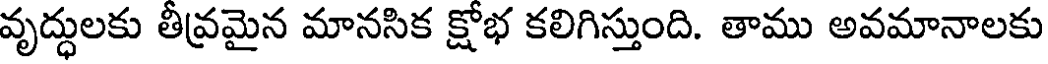
వృద్ధులకు తీవ్రమైన మానసిక క్షోభ కలిగిస్తుంది. తాము అవమానాలకు